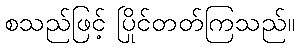
စသည်ဖြင့် ပြိုင်တတ်ကြသည်။